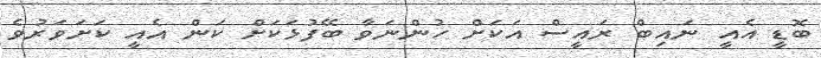
ބޮޑީ އެއީ ނައިބް ރައީސް އަކަށް ހުންނަވާ ބޭފުޅަކަށް ކަން އެއީ ކަށަވަރުވެ